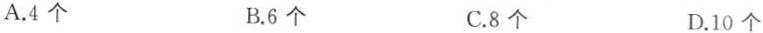
A.4个 B.6个 C.8个 D.10个